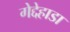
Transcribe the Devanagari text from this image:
गेद्देहाडा